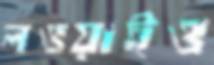
লওয়াইও